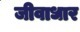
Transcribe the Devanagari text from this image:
जीवाधार